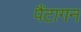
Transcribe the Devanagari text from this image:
पैंटागन